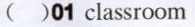
( )01 classroom